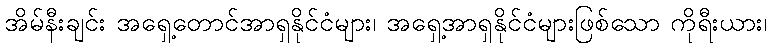
အိမ်နီးချင်း အရှေ့တောင်အာရှနိုင်ငံများ၊ အရှေ့အာရှနိုင်ငံများဖြစ်သော ကိုရီးယား၊